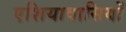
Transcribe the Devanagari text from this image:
एशियावासियों